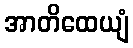
အာတိထေယျံ